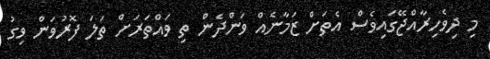
މި ދިވެހިރާއްޖޭގައިވެސް އެތަށް ޒަމާނެއް ވަންދެން ތި ވައްތަރަށް ތަލަ ފޮރުވަން ވިގު